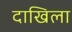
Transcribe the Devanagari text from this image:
दाखिला